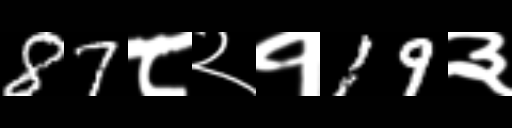
Text: 87८२१19३